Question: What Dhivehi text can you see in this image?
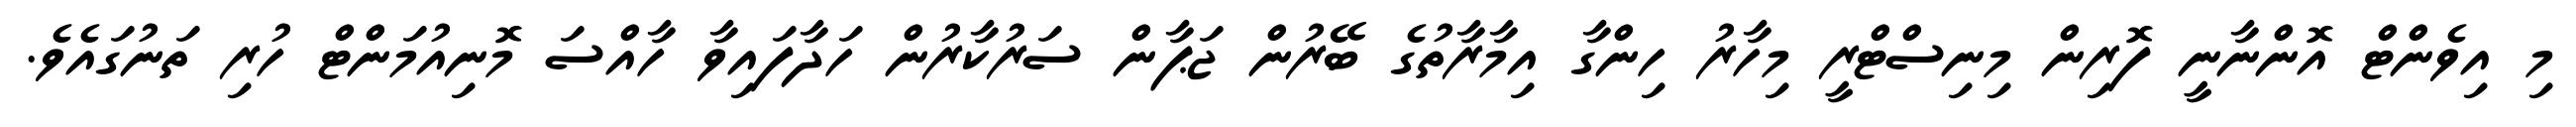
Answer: މި އިވެންޓް އޮންނާނީ ފޮރިން މިނިސްޓްރީ މިހާރު ހިންގާ އިމާރާތުގެ ބޭރުން ޖަޕާން ސަރުކާރުން ހަދާފައިވާ ހާއްސަ މޮނިއުމަންޓް ހުރި ތަނުގައެވެ.